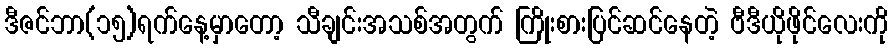
ဒီဇင်ဘာ(၁၅)ရက်နေ့မှာတော့ သီချင်းအသစ်အတွက် ကြိုးစားပြင်ဆင်နေတဲ့ ဗီဒီယိုဖိုင်လေးကို